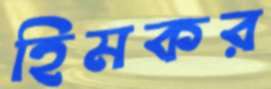
হিমকর